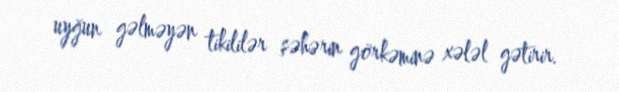
uyğun gəlməyən tikililər şəhərin görkəminə xələl gətirir.